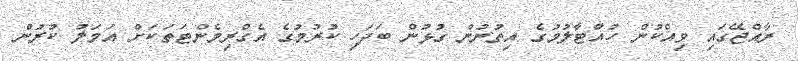
ރާއްޖޭގައި ވިއްކުން ހުއްޓާލުމުގެ އިތުރުން ގުޅުން ބަދަހި ކުރުމުގެ އެގްރިމެންޓަތަކަށް އަމަލު ކުރުން